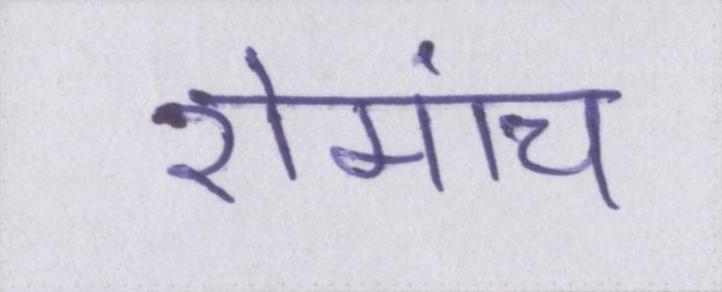
रोमांच